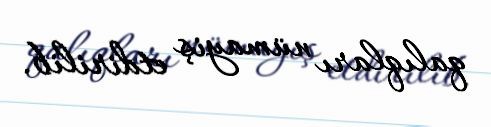
qalıqları nümayiş etdirilib.